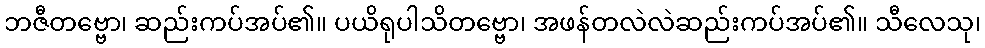
ဘဇီတဗ္ဗော၊ ဆည်းကပ်အပ်၏။ ပယိရုပါသိတဗ္ဗော၊ အဖန်တလဲလဲဆည်းကပ်အပ်၏။ သီလေသု၊